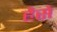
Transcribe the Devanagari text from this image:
हैसे